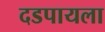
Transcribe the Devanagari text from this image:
दडपायला